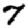
Digit: 7